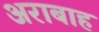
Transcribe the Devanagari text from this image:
अराबाह